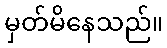
မှတ်မိနေသည်။